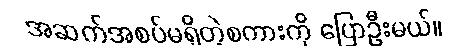
အဆက်အစပ်မရှိတဲ့စကားကို ပြောဦးမယ်။